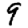
Digit: 9